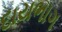
દાયભાગ